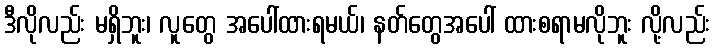
ဒီလိုလည်း မရှိဘူး၊ လူတွေ အပေါ်ထားရမယ်၊ နတ်တွေအပေါ် ထားစရာမလိုဘူး လို့လည်း